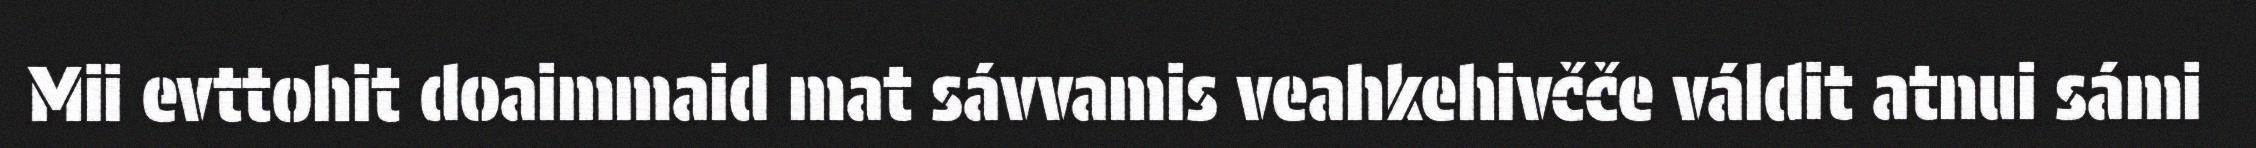
Mii evttohit doaimmaid mat sávvamis veahkehivčče váldit atnui sámi